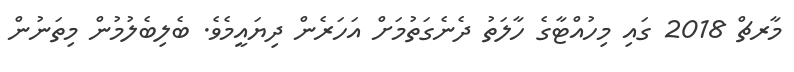
މާރޗް 2018 ގައި މިހުއްޓާގެ ހާލަތު ދެނެގަތުމަށް އަހަރެން ދިޔައީމެވެ. ބެލިބެލުމުން މިތަނުން